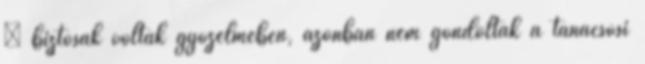
– biztosak voltak győzelmében, azonban nem gondoltak a tanácsosi